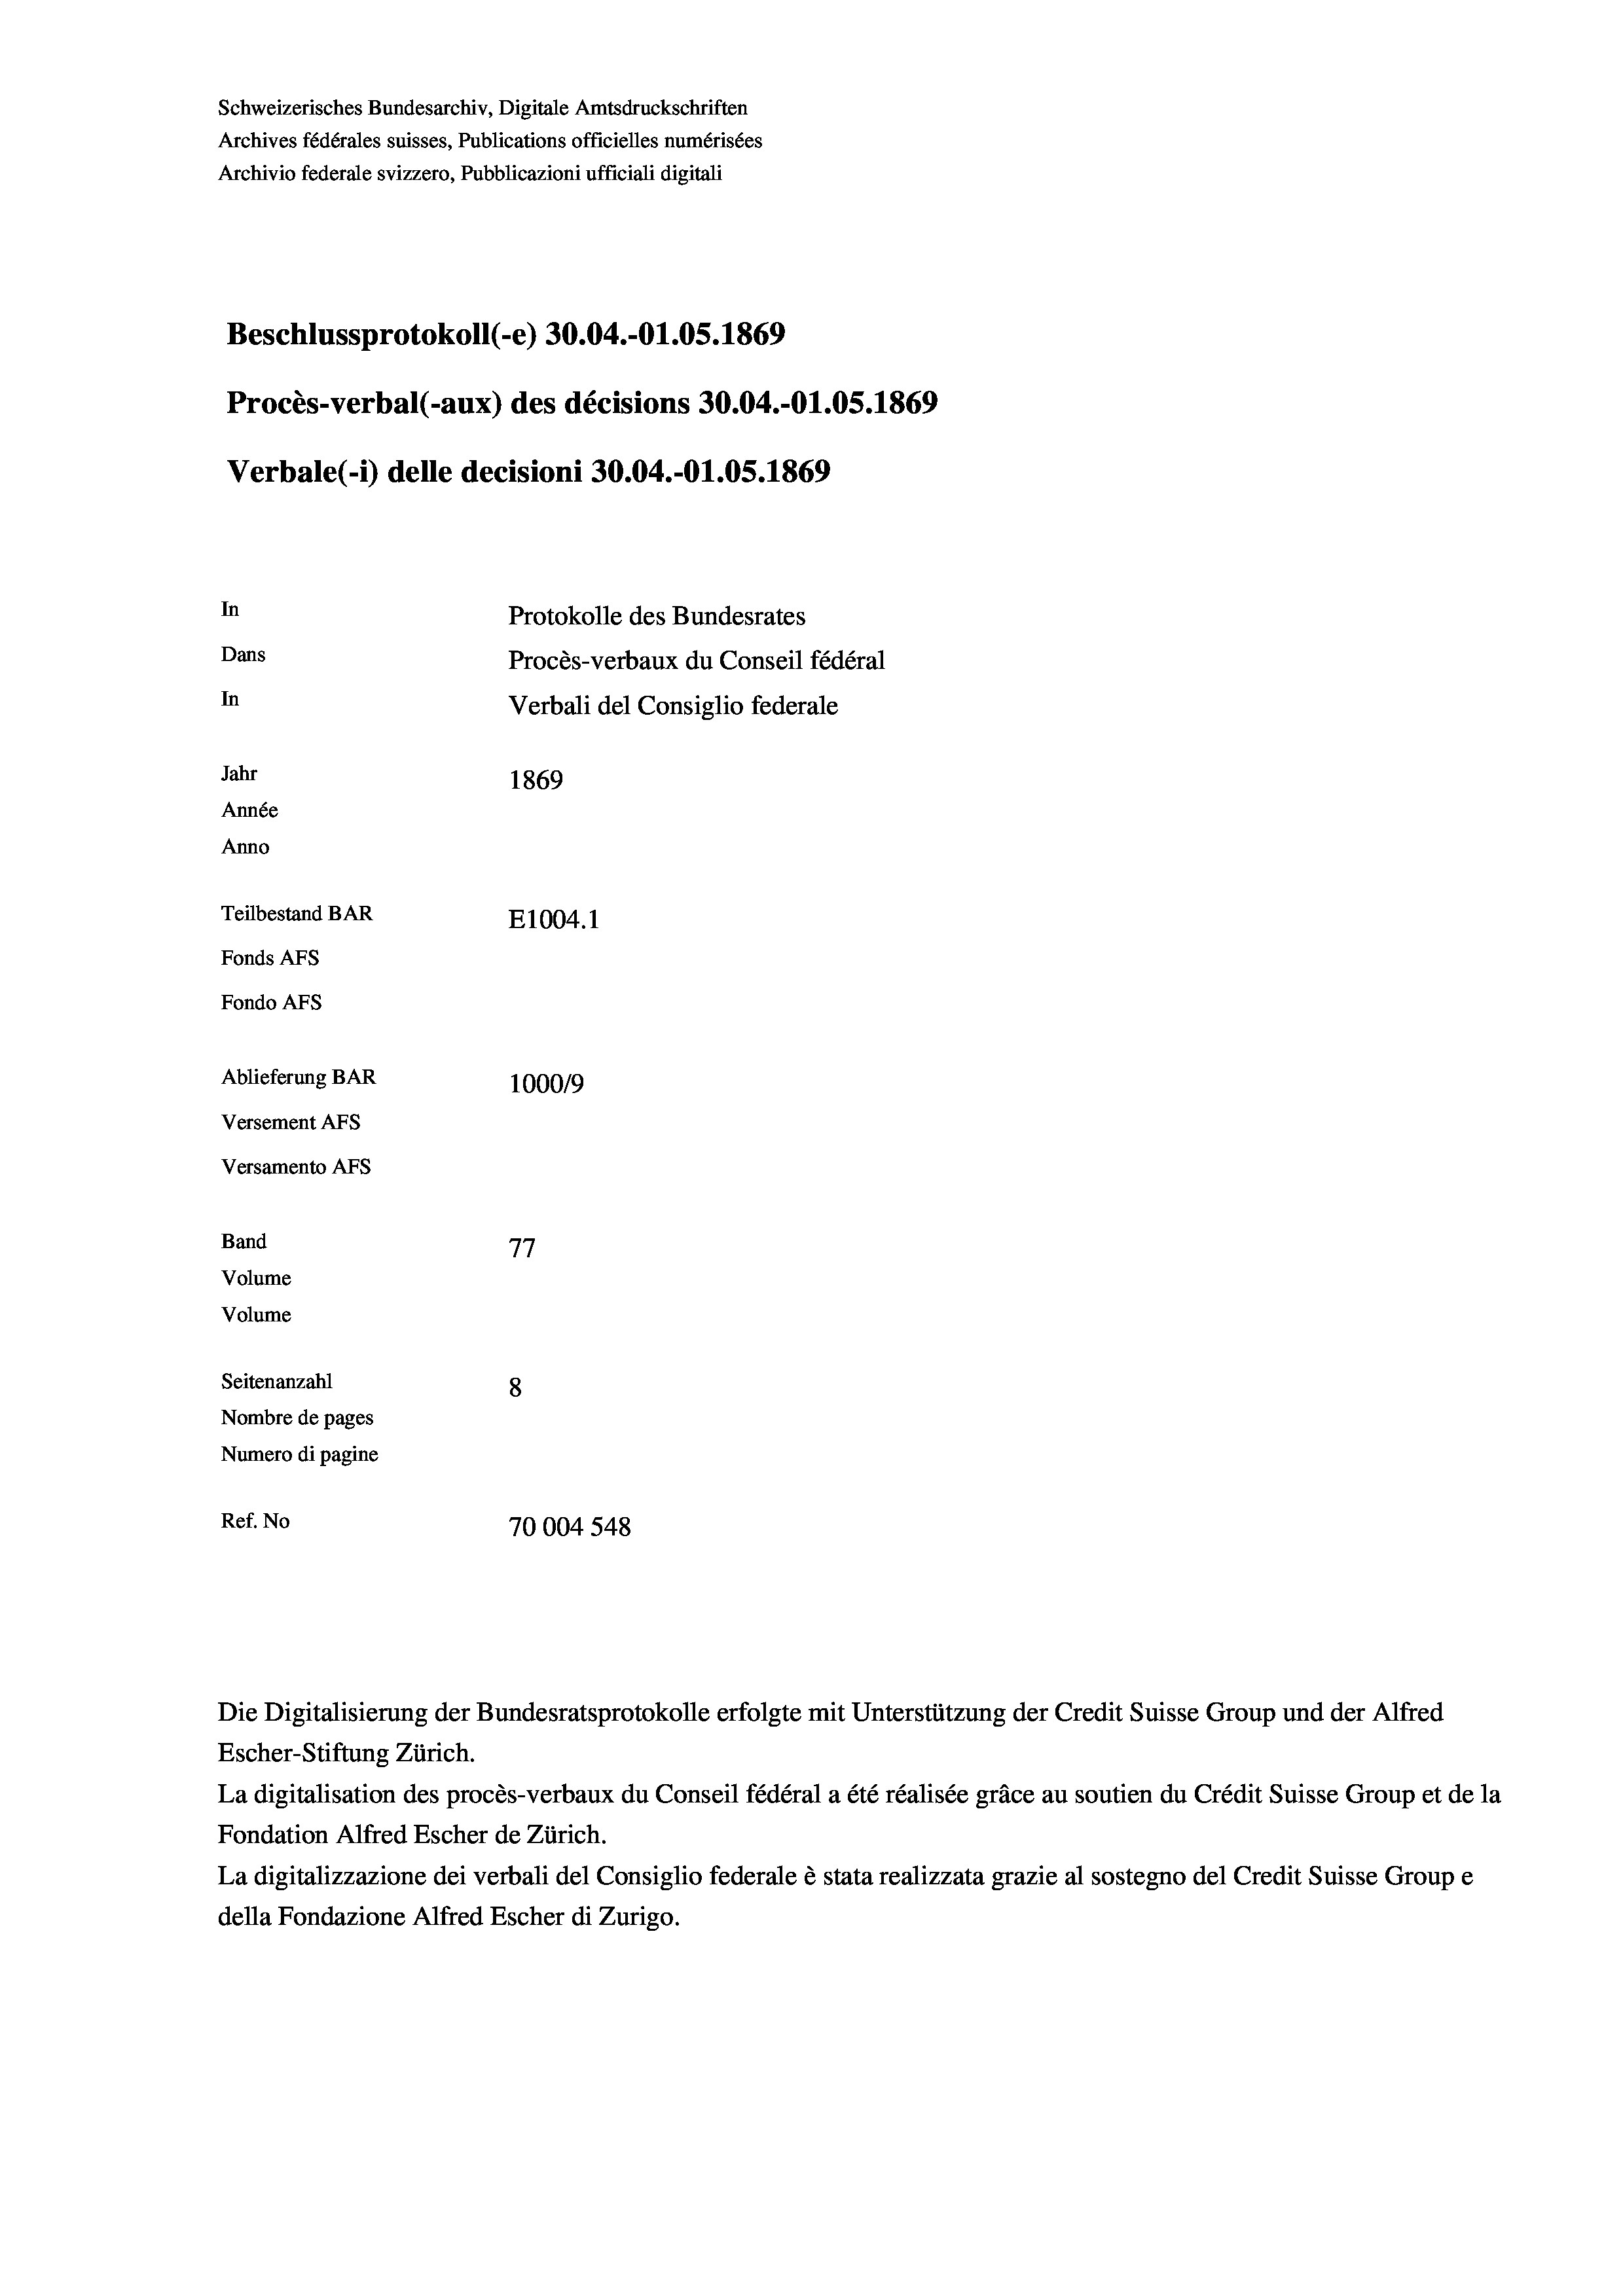
Schweizerisches Bundesarchiv, Digitale Amtsdruckschriften
Archives fédérales suisses, Publications officielles numérisées
Archivio federale svizzero, Pubblicazioni ufficiali digitali
Beschlussprotokoll (-e) 30.04.-O1.05. 1869
Procès-verbal (-aux) des décisions 30.04.-O1.05. 1869
Verbale (i) delle decisioni 30.04.-O1.05. 1869
In
Protokolle des Bundesrates
Dans
Procès-verbaux du Conseil fédéral
In
Verbali del Consiglio federale
Jahr
1869
Année
Anno
Teilbestand BAR
E1004. 1
Fonds AFs
Fondo AFS
Ablieferung BAR
100019
Versement AFs
Versamento Afs
Band
77
Volume
Volume
Seitenanzahl
8
Nombre de pages
Numero di pagine
Ref. No
70004 548

La digitalisation des procès-verbaux du Conseil fédéral a été réalisée gräce au soutien du Crédit Suisse Group et de la
Fondation Alfred Escher de Zürich.
La digitalizzazione dei verbali del Consiglio federale è stata realizzata grazie al sostegno del Credit Suisse Groupe
della Fondazione Alfred Escher di Zurigo.

Die Digitalisierung der Bundesratsprotokolle erfolgte mit Unterstützung der Credit Suisse Group und der Alfred
Escher-Stiftung Zürich.